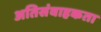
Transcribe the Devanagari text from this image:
अतिसंवाहकता